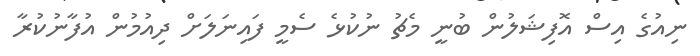
ނިއުގެ އިސް އޮފިޝަލުން ބުނީ މެޗު ނުކުޅެ ސެމީ ފައިނަލަށް ދިއުމުން އުފާނުކުރާ